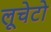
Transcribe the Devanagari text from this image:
लूचेटो